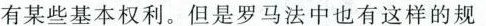
有某些基本权利。但是罗马法中也有这样的规